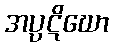
အပ္ပဋိဃော